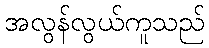
အလွန်လွယ်ကူသည်